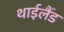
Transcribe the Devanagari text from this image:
थाईलैँड